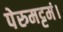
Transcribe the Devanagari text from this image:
पेरुमट्टमं।